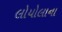
લોયોલાના